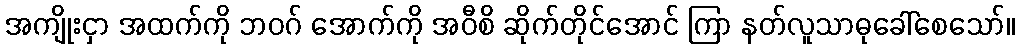
အကျိုးငှာ အထက်ကို ဘဝဂ် အောက်ကို အဝီစိ ဆိုက်တိုင်အောင် ကြာ နတ်လူသာဓုခေါ်စေသော်။